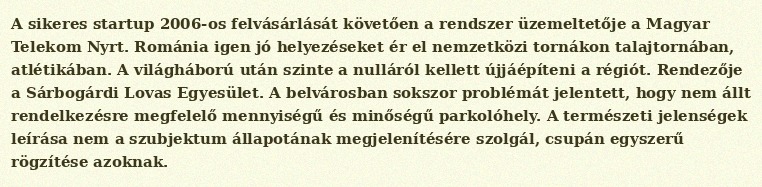
A sikeres startup 2006-os felvásárlását követően a rendszer üzemeltetője a Magyar Telekom Nyrt. Románia igen jó helyezéseket ér el nemzetközi tornákon talajtornában, atlétikában. A világháború után szinte a nulláról kellett újjáépíteni a régiót. Rendezője a Sárbogárdi Lovas Egyesület. A belvárosban sokszor problémát jelentett, hogy nem állt rendelkezésre megfelelő mennyiségű és minőségű parkolóhely. A természeti jelenségek leírása nem a szubjektum állapotának megjelenítésére szolgál, csupán egyszerű rögzítése azoknak.